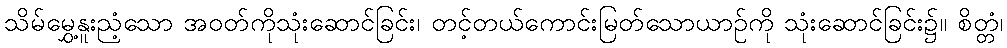
သိမ်မွှေ့နူးညံ့သော အဝတ်ကိုသုံးဆောင်ခြင်း၊ တင့်တယ်ကောင်းမြတ်သောယာဉ်ကို သုံးဆောင်ခြင်း၌။ စိတ္တံ၊